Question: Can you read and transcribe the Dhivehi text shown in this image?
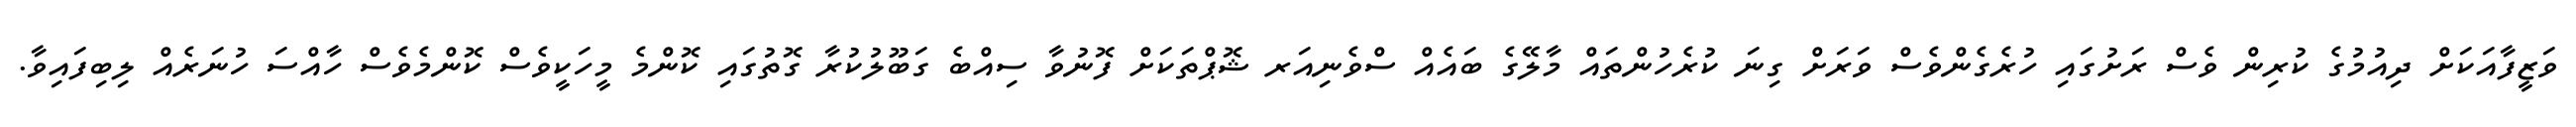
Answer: ވަޒީފާއަކަށް ދިއުމުގެ ކުރިން ވެސް ރަށުގައި ހުރެގެންވެސް ވަރަށް ގިނަ ކުރެހުންތައް މާލޭގެ ބައެއް ސްވެނިއަރ ޝޮޕްތަކަށް ފޮނުވާ ސިއްބެ ގަބޫލުކުރާ ގޮތުގައި ކޮންމެ މީހަކީވެސް ކޮންމެވެސް ހާއްސަ ހުނަރެއް ލިބިފައިވާ.